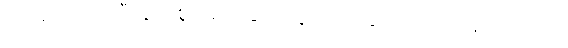
ကျိုးကြောင်းညီညွတ်စွာ ဆင်ခြင်တွေးတောခြင်းကို ယုံကြည်ပါတယ်။